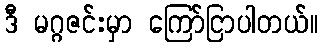
ဒီ မဂ္ဂဇင်းမှာ ကြော်ငြာပါတယ်။